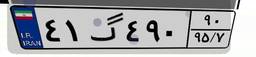
۹۶گ۸۸۸۱۵